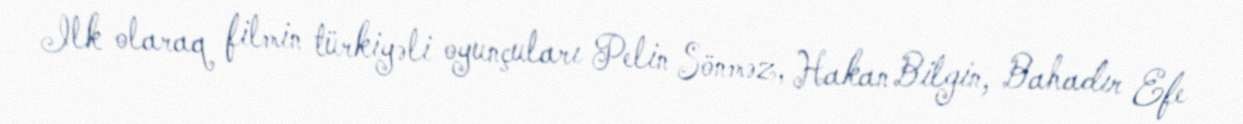
Ilk olaraq filmin türkiyəli oyunçuları Pelin Sönməz, Hakan Bilgin, Bahadır Efe